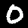
Label: 0